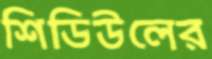
শিডিউলের